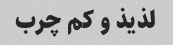
لذیذ و کم چرب